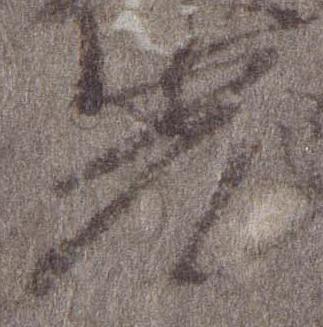
光